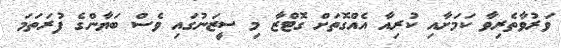
ވަރުވާތެރިވާ ކަމަށާއި ކުރިއާ އެއްގޮތަށް ގޮޓްޒާ މި ސީޒަނުގައި ވެސް ބަޔާންގެ ފުރަތަމަ